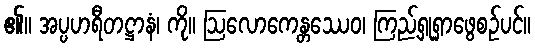
၏။ အပ္ပဟရီတဋ္ဌာနံ၊ ကို။ ဩလောကေန္တဿေဝ၊ ကြည့်ရှုရှာဖွေစဉ်ပင်။